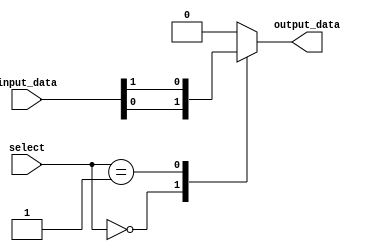
module mux_64_1 (
    input [63:0] input_data,
    input [5:0] select,
    output reg output_data
);

always @(*) begin
    case (select)
        6'b000000: output_data = input_data[0];
        6'b000001: output_data = input_data[1];
        // Add cases for all 64 input data lines
        // 6'b111111: output_data = input_data[63];
        default: output_data = 0; // Default case if select lines do not match any valid input
    endcase
end

endmodule